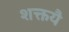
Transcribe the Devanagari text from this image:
शक्तयै